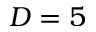
D = 5